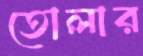
তোলার